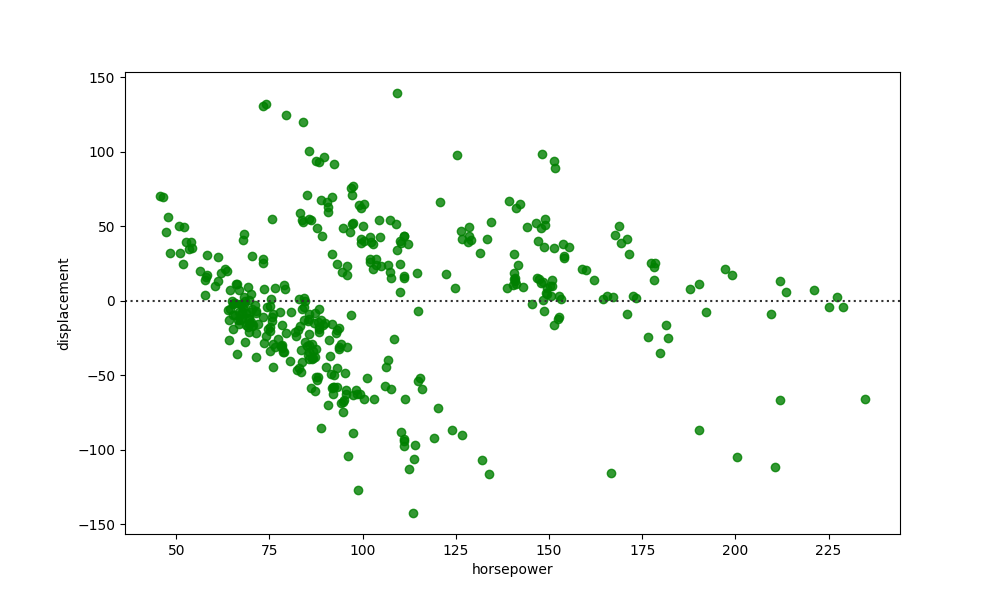
python, seaborn, residplot, lowess=False, scatter_color=green